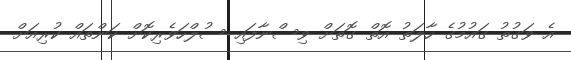
އެ ވަގުތު ގައުމުގެ ހާލަތު އޮތް ގޮތަށް ވިސްނާފައި ސުލްހަވެރިކޮށް ކަންތައް ކުރިއަށް